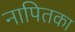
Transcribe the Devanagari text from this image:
नापितका